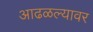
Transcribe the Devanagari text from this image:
आढळल्यावर